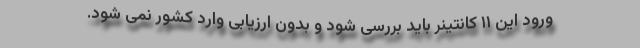
ورود این ۱۱ کانتینر باید بررسی شود و بدون ارزیابی وارد کشور نمی شود.